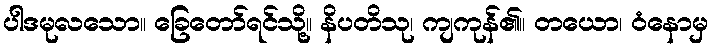
ပါဒမုလသော။ ခြေတော်ရင်သို့။ နိပတိသု၊ ကျကုန်၏။ တယော၊ ဝံနောမှ